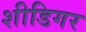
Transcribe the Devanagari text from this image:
शीडिगर